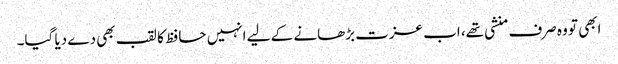
ابھی تو وہ صرف منشی تھے، اب عزت بڑھانے کے لیے انہیں حافظ کا لقب بھی دے دیا گیا۔